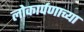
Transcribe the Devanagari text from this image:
लोकार्पणाच्या